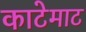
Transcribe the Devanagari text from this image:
काटेमाट